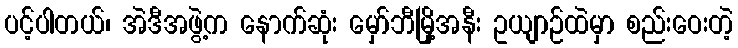
ပင့်ပါတယ်၊ အဲဒီအဖွဲ့က နောက်ဆုံး မှော်ဘီမြို့အနီး ဥယျာဉ်ထဲမှာ စည်းဝေးတဲ့